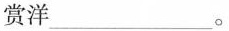
赏洋___。